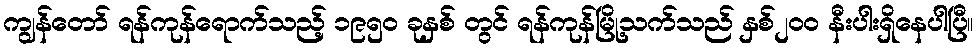
ကျွန်တော် ရန်ကုန်ရောက်သည့် ၁၉၅ဝ ခုနှစ် တွင် ရန်ကုန်မြို့သက်သည် နှစ်၂ဝဝ နီးပါးရှိနေပါပြီ။